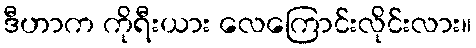
ဒီဟာက ကိုရီးယား လေကြောင်းလိုင်းလား။